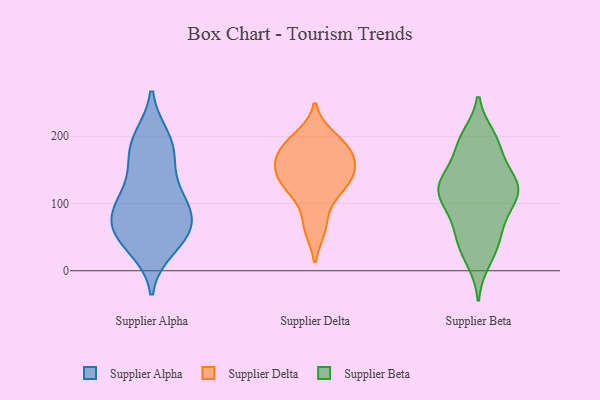
{"axis": {"x": "Humidity (%)", "y": "Value"}, "legend": ["Supplier Alpha", "Supplier Beta", "Supplier Delta"], "data": [{"x": "", "y": 102, "type": "Supplier Alpha"}, {"x": "", "y": 87, "type": "Supplier Alpha"}, {"x": "", "y": 55, "type": "Supplier Alpha"}, {"x": "", "y": 35, "type": "Supplier Alpha"}, {"x": "", "y": 64, "type": "Supplier Alpha"}, {"x": "", "y": 179, "type": "Supplier Alpha"}, {"x": "", "y": 196, "type": "Supplier Alpha"}, {"x": "", "y": 188, "type": "Supplier Alpha"}, {"x": "", "y": 57, "type": "Supplier Alpha"}, {"x": "", "y": 57, "type": "Supplier Alpha"}, {"x": "", "y": 109, "type": "Supplier Alpha"}, {"x": "", "y": 154, "type": "Supplier Alpha"}, {"x": "", "y": 102, "type": "Supplier Alpha"}, {"x": "", "y": 181, "type": "Supplier Delta"}, {"x": "", "y": 127, "type": "Supplier Delta"}, {"x": "", "y": 146, "type": "Supplier Delta"}, {"x": "", "y": 134, "type": "Supplier Delta"}, {"x": "", "y": 160, "type": "Supplier Delta"}, {"x": "", "y": 184, "type": "Supplier Delta"}, {"x": "", "y": 64, "type": "Supplier Delta"}, {"x": "", "y": 198, "type": "Supplier Delta"}, {"x": "", "y": 121, "type": "Supplier Delta"}, {"x": "", "y": 170, "type": "Supplier Delta"}, {"x": "", "y": 67, "type": "Supplier Delta"}, {"x": "", "y": 114, "type": "Supplier Delta"}, {"x": "", "y": 146, "type": "Supplier Delta"}, {"x": "", "y": 193, "type": "Supplier Delta"}, {"x": "", "y": 161, "type": "Supplier Delta"}, {"x": "", "y": 128, "type": "Supplier Beta"}, {"x": "", "y": 39, "type": "Supplier Beta"}, {"x": "", "y": 117, "type": "Supplier Beta"}, {"x": "", "y": 130, "type": "Supplier Beta"}, {"x": "", "y": 66, "type": "Supplier Beta"}, {"x": "", "y": 189, "type": "Supplier Beta"}, {"x": "", "y": 138, "type": "Supplier Beta"}, {"x": "", "y": 190, "type": "Supplier Beta"}, {"x": "", "y": 16, "type": "Supplier Beta"}, {"x": "", "y": 84, "type": "Supplier Beta"}, {"x": "", "y": 116, "type": "Supplier Beta"}, {"x": "", "y": 184, "type": "Supplier Beta"}, {"x": "", "y": 198, "type": "Supplier Beta"}, {"x": "", "y": 113, "type": "Supplier Beta"}, {"x": "", "y": 59, "type": "Supplier Beta"}, {"x": "", "y": 140, "type": "Supplier Beta"}, {"x": "", "y": 102, "type": "Supplier Beta"}, {"x": "", "y": 34, "type": "Supplier Beta"}, {"x": "", "y": 123, "type": "Supplier Beta"}]}